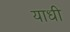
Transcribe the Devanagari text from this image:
याधी